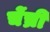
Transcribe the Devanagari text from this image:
चेंच्री